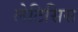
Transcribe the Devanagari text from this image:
लेटिसिस